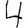
Digit: 4